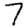
Digit: 7